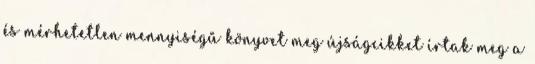
és mérhetetlen mennyiségű könyvet meg újságcikket írtak meg a